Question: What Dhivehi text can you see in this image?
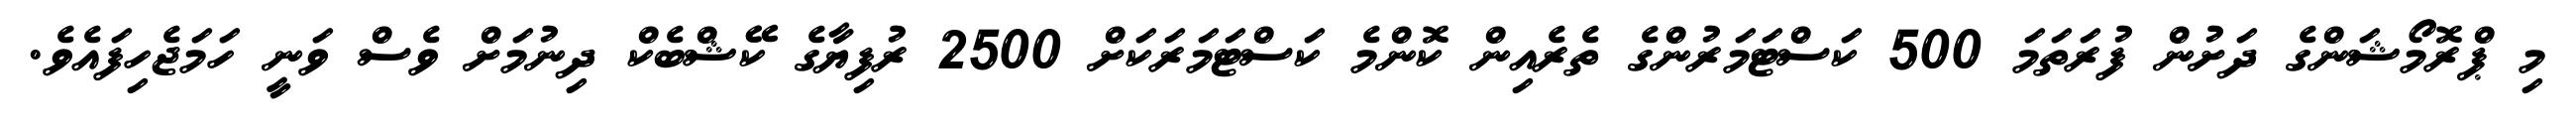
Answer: މި ޕްރޮމޯޝަންގެ ދަށުން ފުރަތަމަ 500 ކަސްޓަމަރުންގެ ތެރެއިން ކޮންމެ ކަސްޓަމަރަކަށް 2500 ރުފިޔާގެ ކޭޝްބެކް ދިނުމަށް ވެސް ވަނީ ހަމަޖެހިފައެވެ.